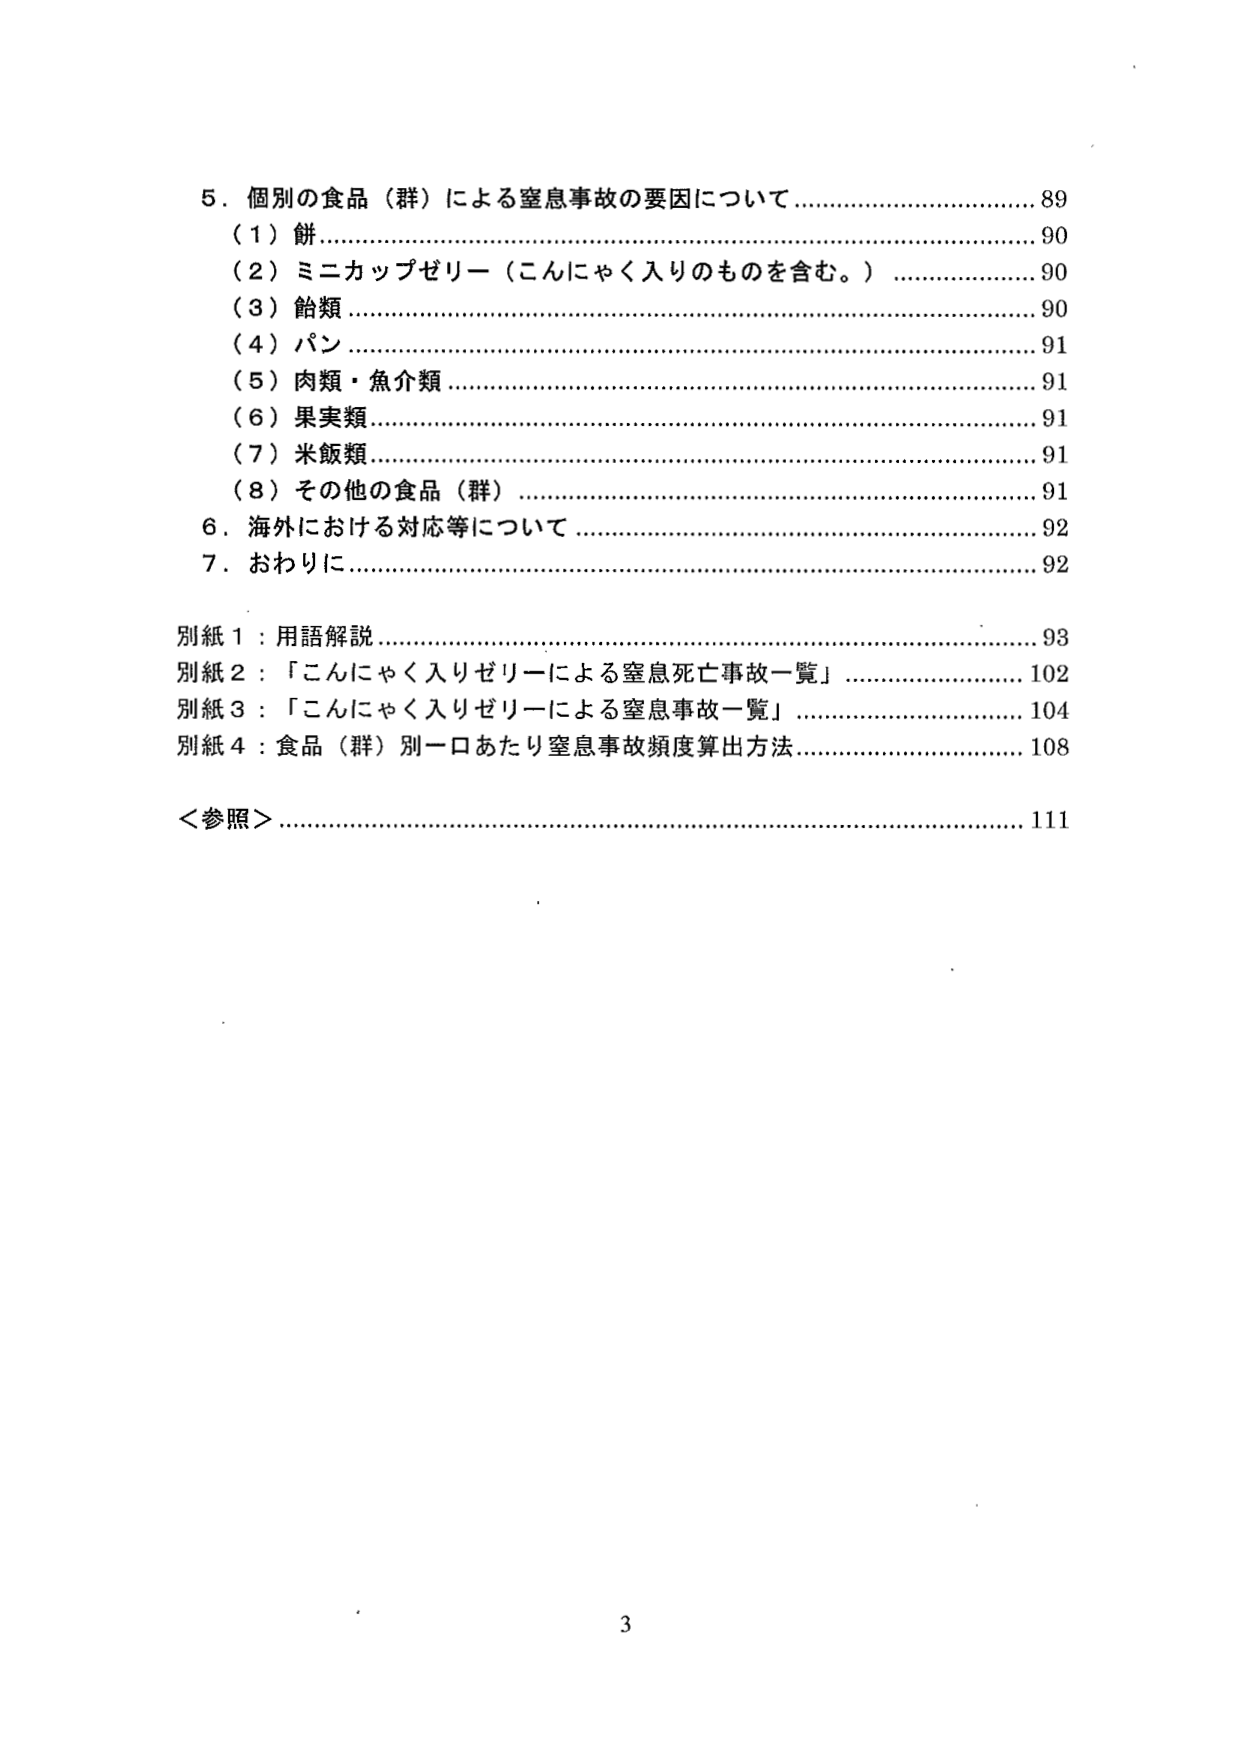
5．個別の食品（群）による窒息事故の要因について…………………………89
（1）餅………………………………………………………………………………90
（2）ミニカップゼリー（こんにゃく入りのものを含む。）…………………90
（3）飴類……………………………………………………………………………90
（4）パン……………………………………………………………………………91
（5）肉類・魚介類………………………………………………………………91
（6）果実類…………………………………………………………………………91
（7）米飯類…………………………………………………………………………91
（8）その他の食品（群）…………………………………………………………91
6．海外における対応等について…………………………………………………92
7．おわりに…………………………………………………………………………92

別紙1：用語解説……………………………………………………………………93
別紙2：「こんにゃく入りゼリーによる窒息死亡事故一覧」…………………102
別紙3：「こんにゃく入りゼリーによる窒息事故一覧」………………………104
別紙4：食品（群）別一口あたり窒息事故頻度算出方法……………………108

＜参照＞………………………………………………………………………………111

3